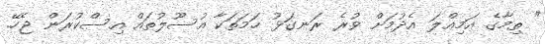
" ތިމާގެ އަމިއްލަ އެދުމަށް ވުރެ ރަނގަޅު ހަމަތަކާ އުސޫލުތައް އިސްކުރަން ޖެހޭ.